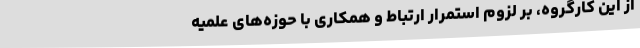
از این کارگروه، بر لزوم استمرار ارتباط و همکاری با حوزه‌های علمیه